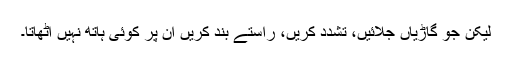
لیکن جو گاڑیاں جلائیں، تشدد کریں، راستے بند کریں ان پر کوئی ہاتھ نہیں اٹھاتا۔